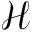
\mathcal { H }